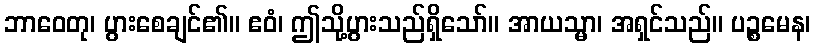
ဘာဝေတု၊ ပွားစေချင်၏။ ဧဝံ၊ ဤသို့ပွားသည်ရှိသော်။ အာယသ္မာ၊ အရှင်သည်။ ပဉ္စမေန၊